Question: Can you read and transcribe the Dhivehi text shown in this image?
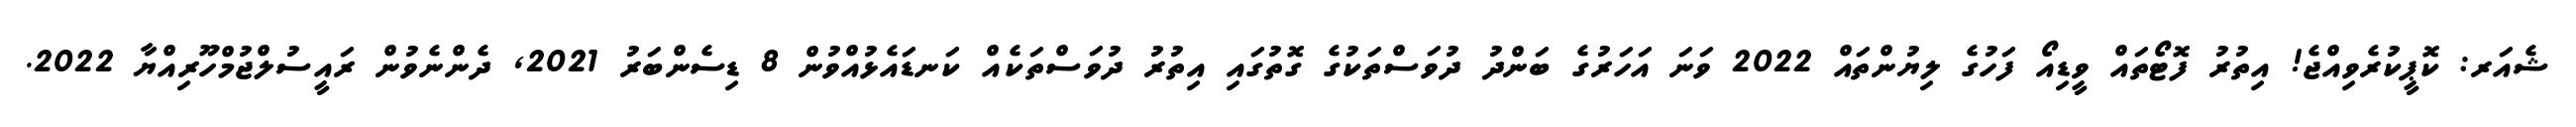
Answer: ޝެއަރ: ކޮޕީކުރެވިއްޖެ! އިތުރު ފޮޓޯތައް ވީޑިއޯ ފަހުގެ ލިޔުންތައް 2022 ވަނަ އަހަރުގެ ބަންދު ދުވަސްތަކުގެ ގޮތުގައި އިތުރު ދުވަސްތަކެއް ކަނޑައެޅުއްވުން 8 ޑިސެންބަރު 2021, ދެންނެވުން ރައީސުލްޖުމްހޫރިއްޔާ 2022.